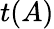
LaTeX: t(A)